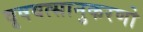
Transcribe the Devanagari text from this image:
वृषवत्सानुकरणो